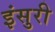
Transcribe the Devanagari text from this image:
इंसुरी